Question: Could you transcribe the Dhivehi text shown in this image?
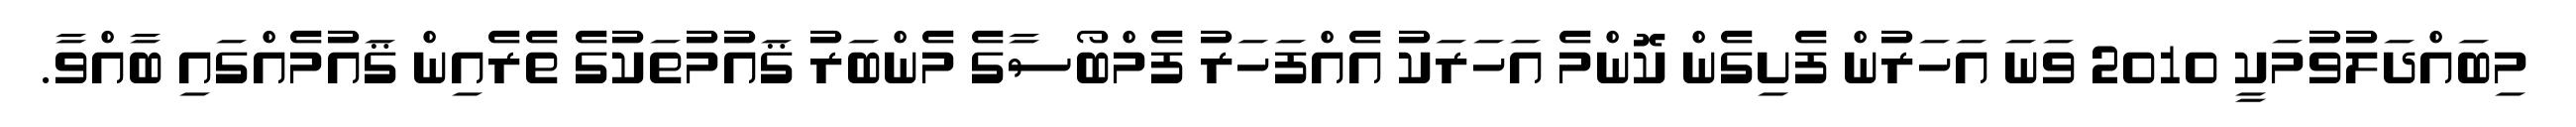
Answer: މިބައްދަލުވުމަކީ 2010 ވަނަ އަހަރުން ފެށިގެން ކޮންމެ އަހަރަކު އެއްފަހަރު ފެމްބޯސާގެ މެންބަރު ޤައުމުތަކުގެ ތެރެއިން ޤައުމެއްގައި ބާއްވާ.